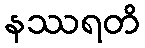
နဿရတိ